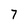
Character: 7